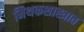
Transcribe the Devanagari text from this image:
मिथकशास्त्रात